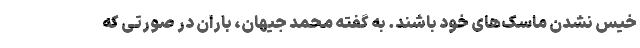
خیس نشدن ماسک‌های خود باشند. به گفته محمد جیهان، باران در صورتی که